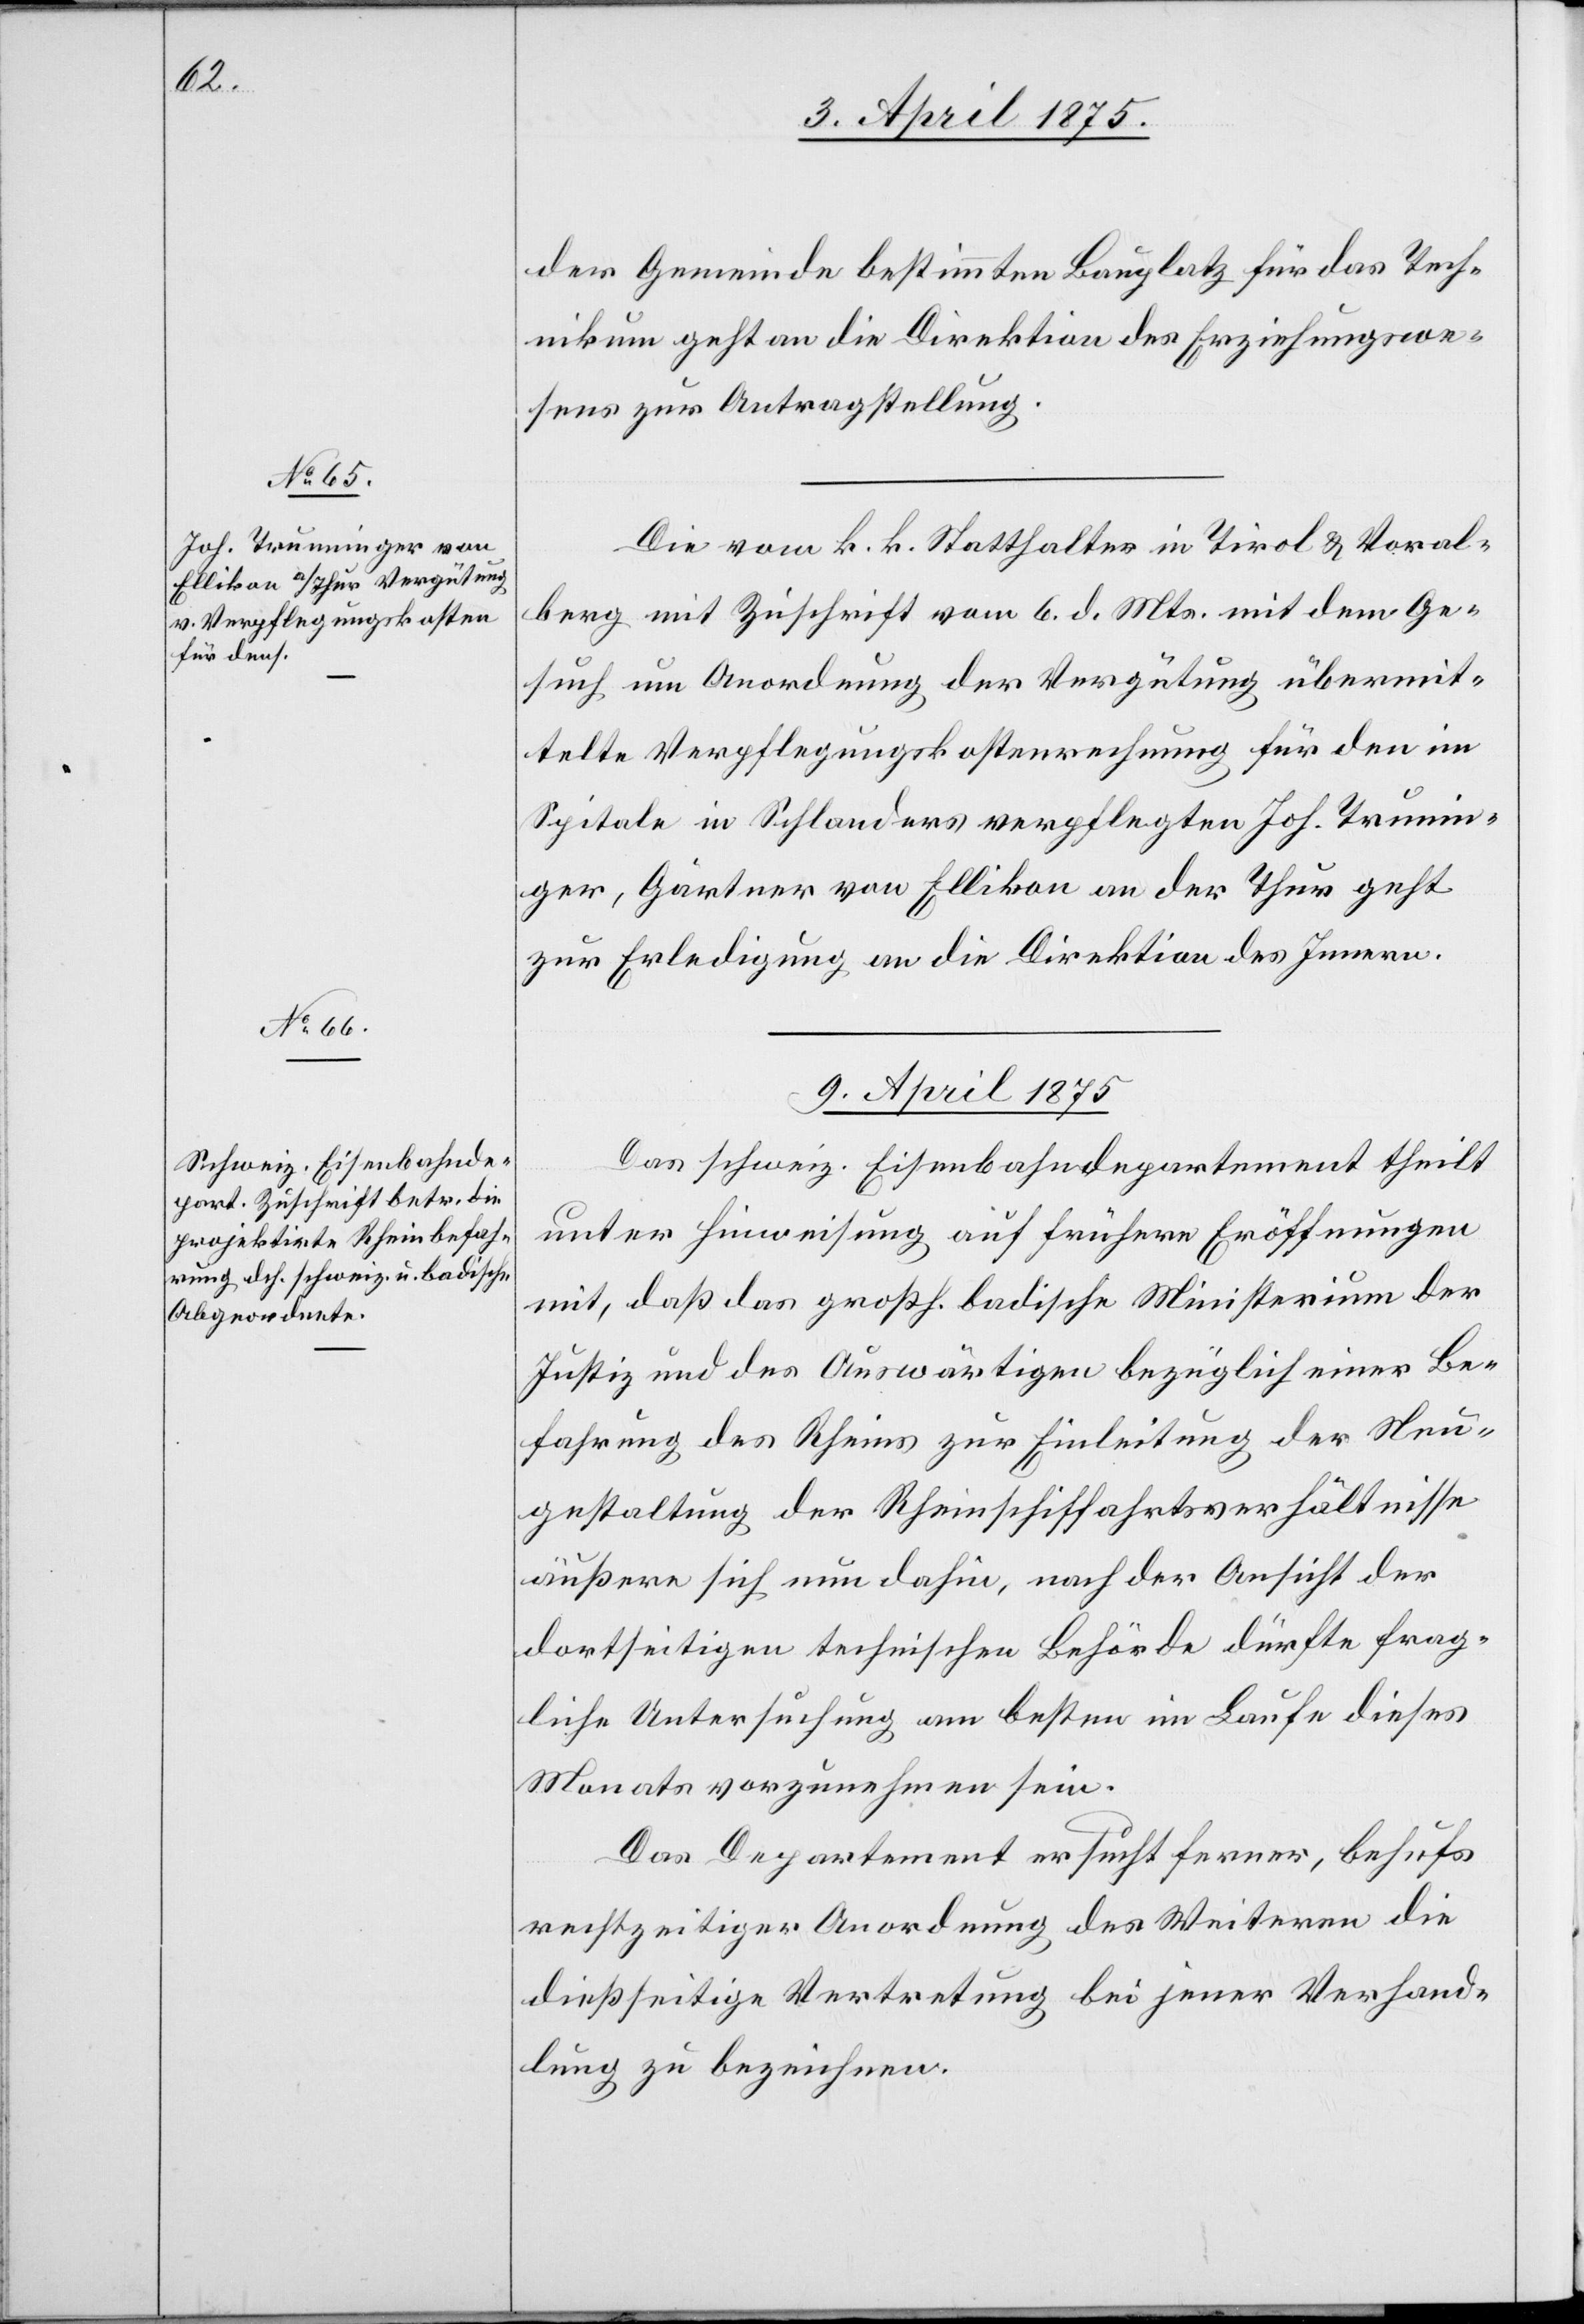
berg

der Gemeinde bestimmten Bauplatz für das Tech¬
nikum geht an die Direktion des Erziehungswe¬
sens zur Antragstellung.
Die von k. k. Statthalter in Tirol & Voral¬
[sic!] mit Zuschrift vom 6. d. Mts. mit dem Ge¬
such um Anordnung der Vergütung übermit¬
telte Verpflegungskostenrechnung für den im
Spitale in Schlanders verpflegten Jos. Trunnin¬
ger, Gärtner von Ellikon an der Thur geht
zur Erledigung an die Direktion des Innern.
9. April 1875.
Das schweiz. Eisenbahndepartement theilt
unter Hinweisung auf frühere Eröffnungen
mit, daß das großh. badische Ministerium der
Justiz und des Auswärtigen bezüglich einer Be¬
fahrung des Rheins zur Einleitung der Neu¬
gestaltung der Rheinschiffahrtsverhältnisse
äußere sich nun dahin, nach der Ansicht der
dortseitigen technischen Behörde dürfte frag¬
liche Untersuchung am besten im Laufe dieses
Monats vorzunehmen sein.
Das Departement ersucht ferner, behufs
rechtzeitiger Anordnung des Weiteren die
dießseitige Vertretung bei jener Verhand¬
lung zu bezeichnen.